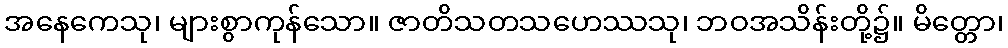
အနေကေသု၊ များစွာကုန်သော။ ဇာတိသတသဟေဿသု၊ ဘဝအသိန်းတို့၌။ မိတ္တော၊